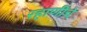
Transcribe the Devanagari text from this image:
रहाणीचे